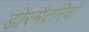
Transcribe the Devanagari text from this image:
डोरमैटरियों